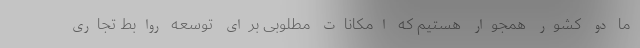
ما دو کشور همجوار هستیم که امکانات مطلوبی برای توسعه روابط تجاری